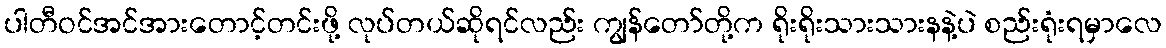
ပါတီဝင်အင်အားတောင့်တင်းဖို့ လုပ်တယ်ဆိုရင်လည်း ကျွန်တော်တို့က ရိုးရိုးသားသားနနဲ့ပဲ စည်းရုံးရမှာလေ